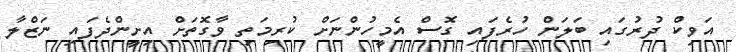
އަވިކް ދުރުގައި ބަލަން ހުރެފައި ގޮސް އެމީހުންނަށް ކުރިމަތި ވާގޮތަށް އިށީންދެފައި ނަޒްލާ